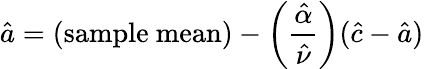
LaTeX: {\hat{a}}=({\mathrm{sample~mean}})-\left({\frac{\hat{\alpha}}{\hat{\nu}}}\right)({\hat{c}}-{\hat{a}})